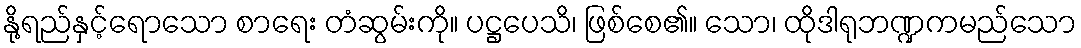
နို့ရည်နှင့်ရောသော စာရေး တံဆွမ်းကို။ ပဋ္ဌပေသိ၊ ဖြစ်စေ၏။ သော၊ ထိုဒါရုဘဏ္ဍကမည်သော